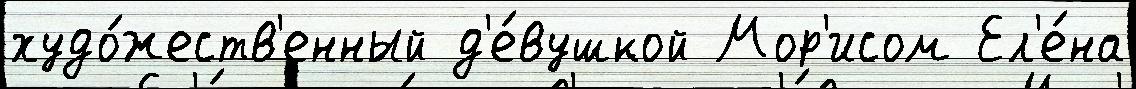
худо́жеств'енный д'е́вушкой Мор'исом Ел'е́на